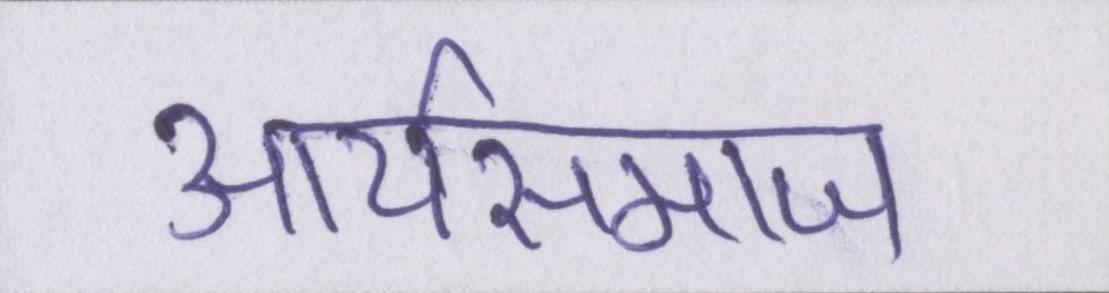
आर्यसमाज